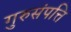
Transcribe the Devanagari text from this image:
गुरुसंपत्ति